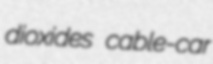
dioxides cable-car